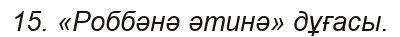
15. «Роббәнә әтинә» дұғасы.